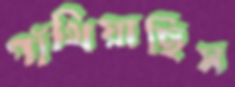
গাঁথিয়াছিস